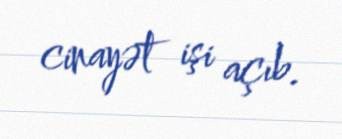
cinayət işi açıb.